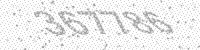
Solution: 367786